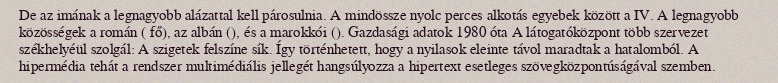
De az imának a legnagyobb alázattal kell párosulnia. A mindössze nyolc perces alkotás egyebek között a IV. A legnagyobb közösségek a román ( fő), az albán (), és a marokkói (). Gazdasági adatok 1980 óta A látogatóközpont több szervezet székhelyéül szolgál: A szigetek felszíne sík. Így történhetett, hogy a nyilasok eleinte távol maradtak a hatalomból. A hipermédia tehát a rendszer multimédiális jellegét hangsúlyozza a hipertext esetleges szövegközpontúságával szemben.